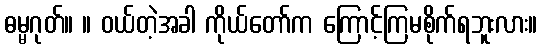
ဓမ္မဂုတ်။ ။ ဝယ်တဲ့အခါ ကိုယ်တော်က ကြောင့်ကြမစိုက်ရဘူးလား။